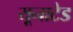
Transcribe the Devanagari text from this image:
यूनाटेड